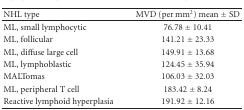
<table><thead><tr><td><b>NHL type</b></td><td><b>MVD (per mm<sup>2</sup>) mean ± SD</b></td></tr></thead><tbody><tr><td>ML, small lymphocytic</td><td>76.78 ± 10.41</td></tr><tr><td>ML, follicular</td><td>141.21 ± 23.33</td></tr><tr><td>ML, diffuse large cell</td><td>149.91 ± 13.68</td></tr><tr><td>ML, lymphoblastic</td><td>124.45 ± 35.94</td></tr><tr><td>MALTomas</td><td>106.03 ± 32.03</td></tr><tr><td>ML, peripheral T cell</td><td>183.42 ± 8.24</td></tr><tr><td>Reactive lymphoid hyperplasia</td><td>191.92 ± 12.16</td></tr></tbody></table>